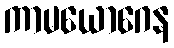
ကာမယောဂေန